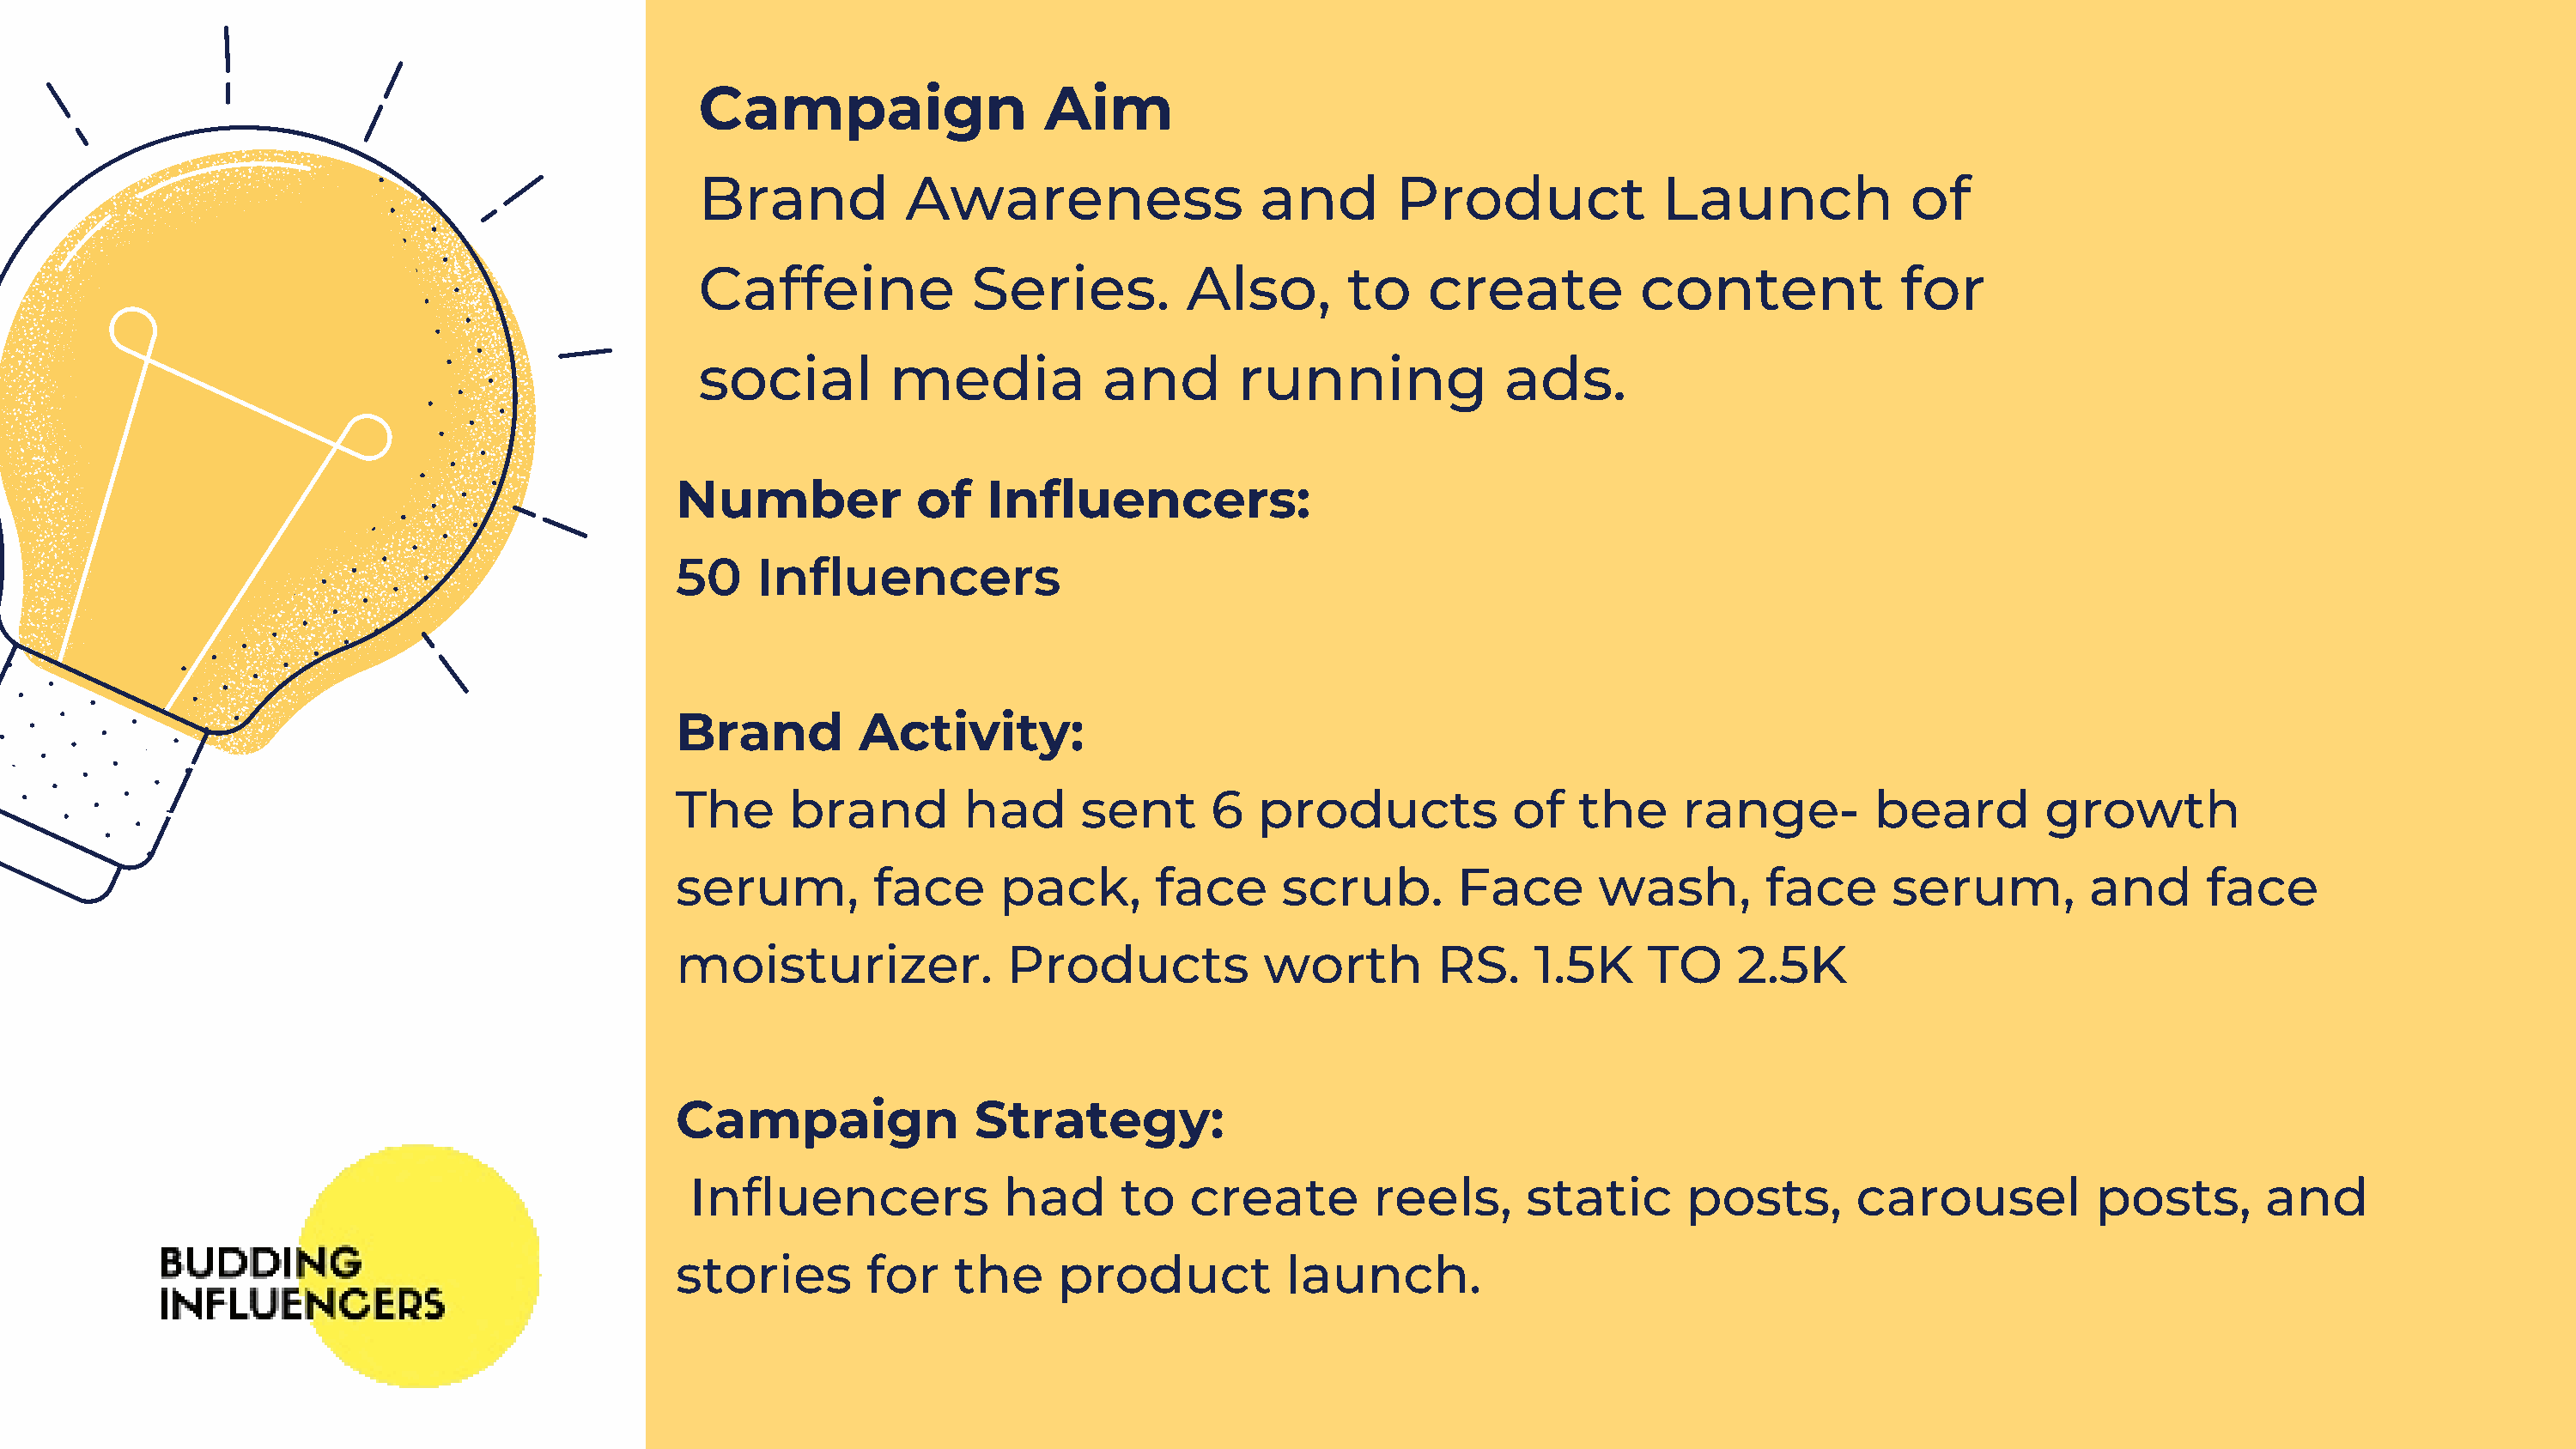
Campaign                   Aim
 Brand           Awareness                  and        Product             Launch             of
 Caffeine             Series.         Also,        to    create          content              for
 social         media           and       running              ads.
 Number             of   Influencers:
 50    Influencers
 Brand         Activity:
 The      brand        had      sent      6   products            of   the     range-        beard         growth
 serum,         face      pack,       face      scrub.       Face       wash,        face      serum,         and      face
 moisturizer.              Products           worth         RS.    1.5K     TO     2.5K
 Campaign               Strategy:
 Influencers             had      to    create        reels,      static      posts,       carousel           posts,       and
 stories        for    the     product          launch.